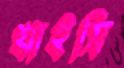
খাইসি